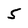
Character: 5